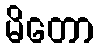
မိတော